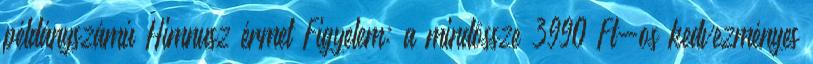
példányszámú Himnusz érmet Figyelem: a mindössze 3990 Ft-os kedvezményes